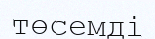
төсемді